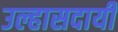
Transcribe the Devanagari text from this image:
उल्हासदायी